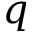
q